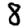
Digit: 8